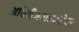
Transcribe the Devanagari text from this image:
अतिवीजवाहकतेवर